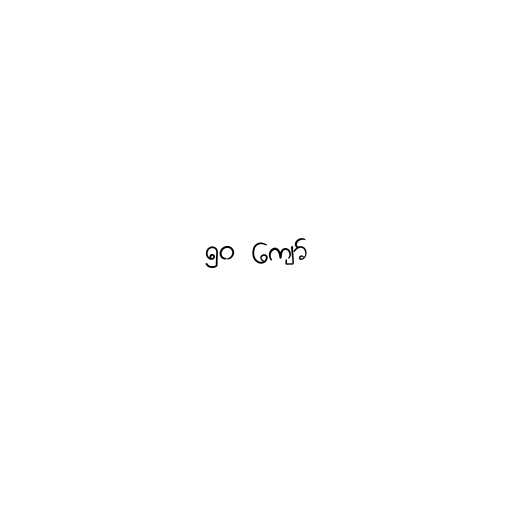
၅၀ ကျော်